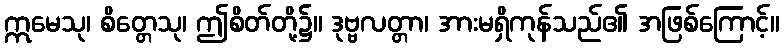
ဣမေသု၊ စိတ္တေသု၊ ဤစိတ်တို့၌။ ဒုဗ္ဗလတ္တာ၊ အားမရှိကုန်သည်၏ အဖြစ်ကြောင့်။